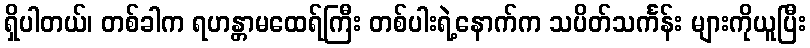
ရှိပါတယ်၊ တစ်ခါက ရဟန္တာမထေရ်ကြီး တစ်ပါးရဲ့နောက်က သပိတ်သင်္ကန်း များကိုယူပြီး